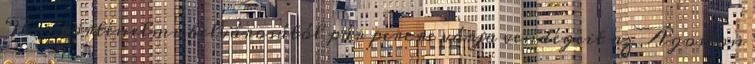
Pécs történelmi belvárosától pár percre várja vendégeit az Ágoston